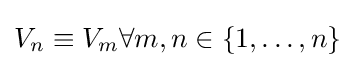
V_{n}\equiv V_{m}\forall m,n\in \{1,\ldots ,n\}